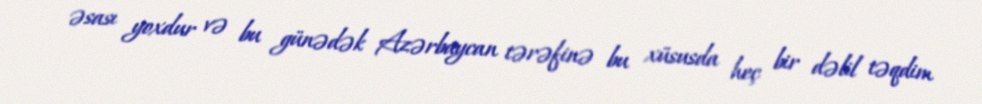
əsası yoxdur və bu günədək Azərbaycan tərəfinə bu xüsusda heç bir dəlil təqdim